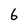
Character: 6